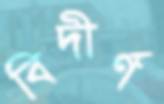
বিদীর্ণ